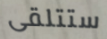
ستتلقى